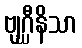
ဗျဂ္ဃီနိသာ